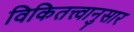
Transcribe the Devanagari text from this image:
विकितत्त्वानुसार